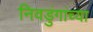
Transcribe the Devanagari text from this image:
निवडुंगांच्या